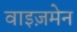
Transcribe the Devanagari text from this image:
वाइज़मेन